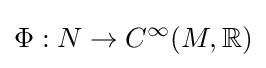
\Phi :N\to C^{\infty }(M,\mathbb {R} )